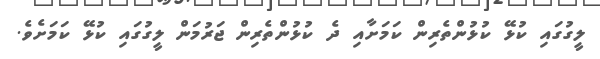
ލީގުގައި ކުޅޭ ކުޅުންތެރިން ކަމަށާއި ދެ ކުޅުންތެރިން ޖަރުމަން ލީގުގައި ކުޅޭ ކަމަށެވެ.